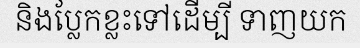
និងប្លែកខ្លះទៅដើម្បី ទាញយក